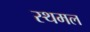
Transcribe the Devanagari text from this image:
स्थमल